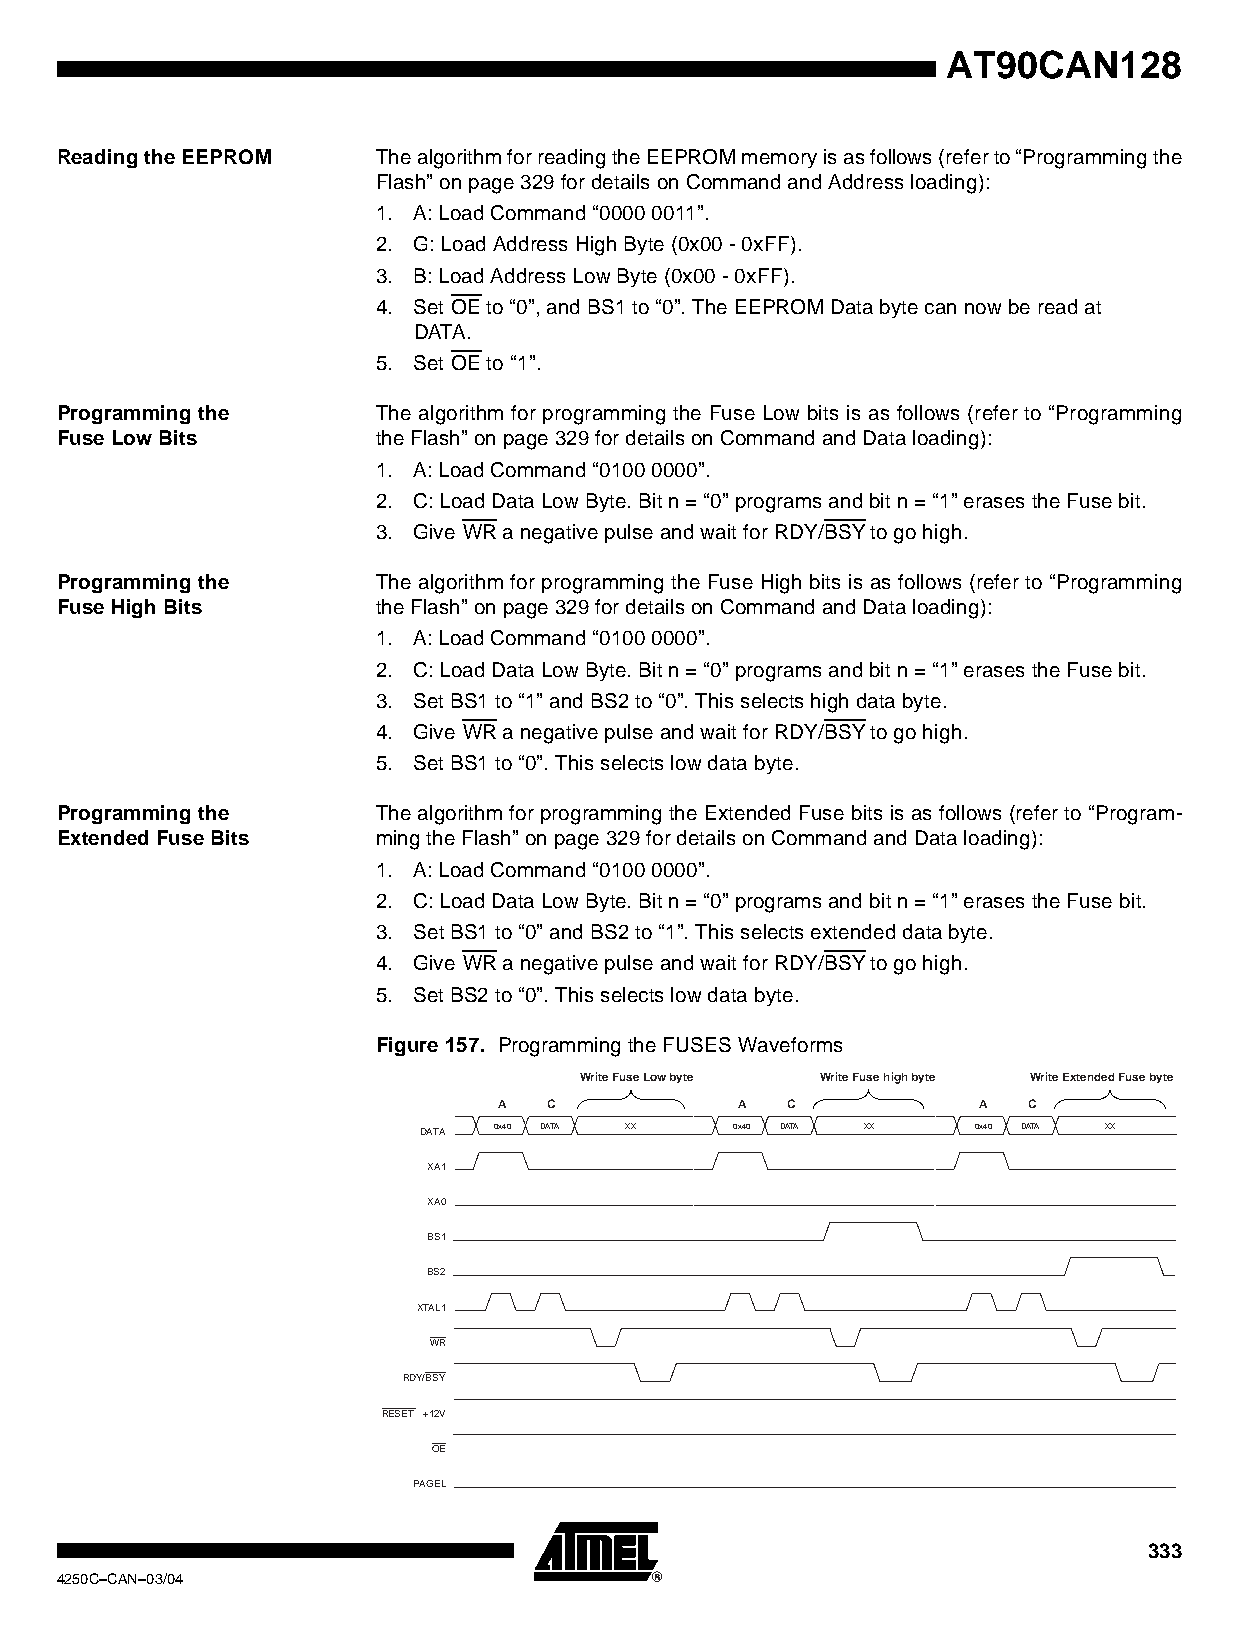
AT90CAN128
 Reading the EEPROM   The algorithm for reading the EEPROM memory is as follows (refer to “Programming the
 Flash” on page 329 for details on Command and Address loading):
 1. A: Load Command “0000 0011”.
 2. G: Load Address High Byte (0x00 - 0xFF).
 3. B: Load Address Low Byte (0x00 - 0xFF).
 4. Set OE to “0”, and BS1 to “0”. The EEPROM Data byte can now be read at
 DATA.
 5. Set OE to “1”.
 Programming the      The algorithm for programming the Fuse Low bits is as follows (refer to “Programming
 FuseLowBits          the Flash” on page 329 for details on Command and Data loading):
 1. A: Load Command “0100 0000”.
 2. C: Load Data Low Byte. Bit n = “0” programs and bit n = “1” erases the Fuse bit.
 3. Give WR a negative pulse and wait for RDY/BSY to go high.
 Programming the      The algorithm for programming the Fuse High bits is as follows (refer to “Programming
 FuseHighBits         the Flash” on page 329 for details on Command and Data loading):
 1. A: Load Command “0100 0000”.
 2. C: Load Data Low Byte. Bit n = “0” programs and bit n = “1” erases the Fuse bit.
 3. Set BS1 to “1” and BS2 to “0”. This selects high data byte.
 4. Give WR a negative pulse and wait for RDY/BSY to go high.
 5. Set BS1 to “0”. This selects low data byte.
 Programming the      The algorithm for programming the Extended Fuse bits is as follows (refer to “Program-
 ExtendedFuse Bits    ming the Flash” on page 329 for details on Command and Data loading):
 1. A: Load Command “0100 0000”.
 2. C: Load Data Low Byte. Bit n = “0” programs and bit n = “1” erases the Fuse bit.
 3. Set BS1 to “0” and BS2 to “1”. This selects extended data byte.
 4. Give WR a negative pulse and wait for RDY/BSY to go high.
 5. Set BS2 to “0”. This selects low data byte.
 Figure 157. Programming the FUSES Waveforms
 Write Fuse Low byte Write Fuse high byte Write Extended Fuse byte
 A  C            A  C            A  C
 DATA 0x40 DATA XX    0x40 DATA XX    0x40 DATA XX
 XA1
 XA0
 BS1
 BS2
 XTAL1
 WR
 RDY/BSY
 RESET +12V
 OE
 PAGEL
 333
 4250C–CAN–03/04